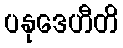
ပနုဒေဟီတိ